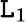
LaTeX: \mathtt{L}_{1}